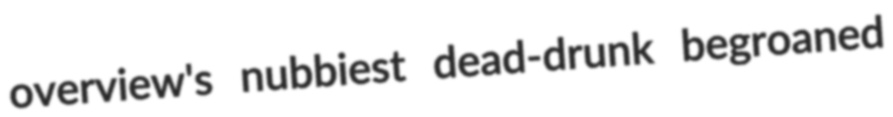
overview's nubbiest dead-drunk begroaned